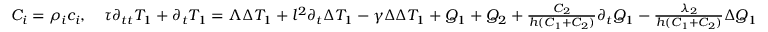
\begin{array} { r } { C _ { i } = \rho _ { i } c _ { i } , \quad \tau \partial _ { t t } T _ { 1 } + \partial _ { t } T _ { 1 } = \Lambda \Delta T _ { 1 } + l ^ { 2 } \partial _ { t } \Delta T _ { 1 } - \gamma \Delta \Delta T _ { 1 } + Q _ { 1 } + Q _ { 2 } + \frac { C _ { 2 } } { h ( C _ { 1 } + C _ { 2 } ) } \partial _ { t } Q _ { 1 } - \frac { \lambda _ { 2 } } { h ( C _ { 1 } + C _ { 2 } ) } \Delta Q _ { 1 } } \end{array}